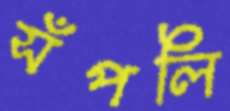
সঁপলি